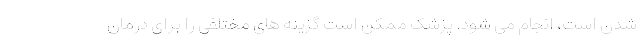
شدن است، انجام می شود. پزشک ممکن است گزینه های مختلفی را برای درمان